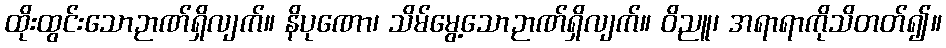
ထိုးထွင်းသောဉာဏ်ရှိလျက်။ နိပုဏော၊ သိမ်မွေ့သောဉာဏ်ရှိလျက်။ ဝိညူ၊ အရာရာကိုသိတတ်၍။